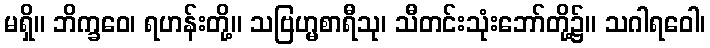
မရှိ။ ဘိက္ခဝေ၊ ရဟန်းတို့။ သဗြဟ္မစာရီသု၊ သီတင်းသုံးဘော်တို့၌။ သဂါရဝေါ၊